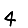
Digit: 4